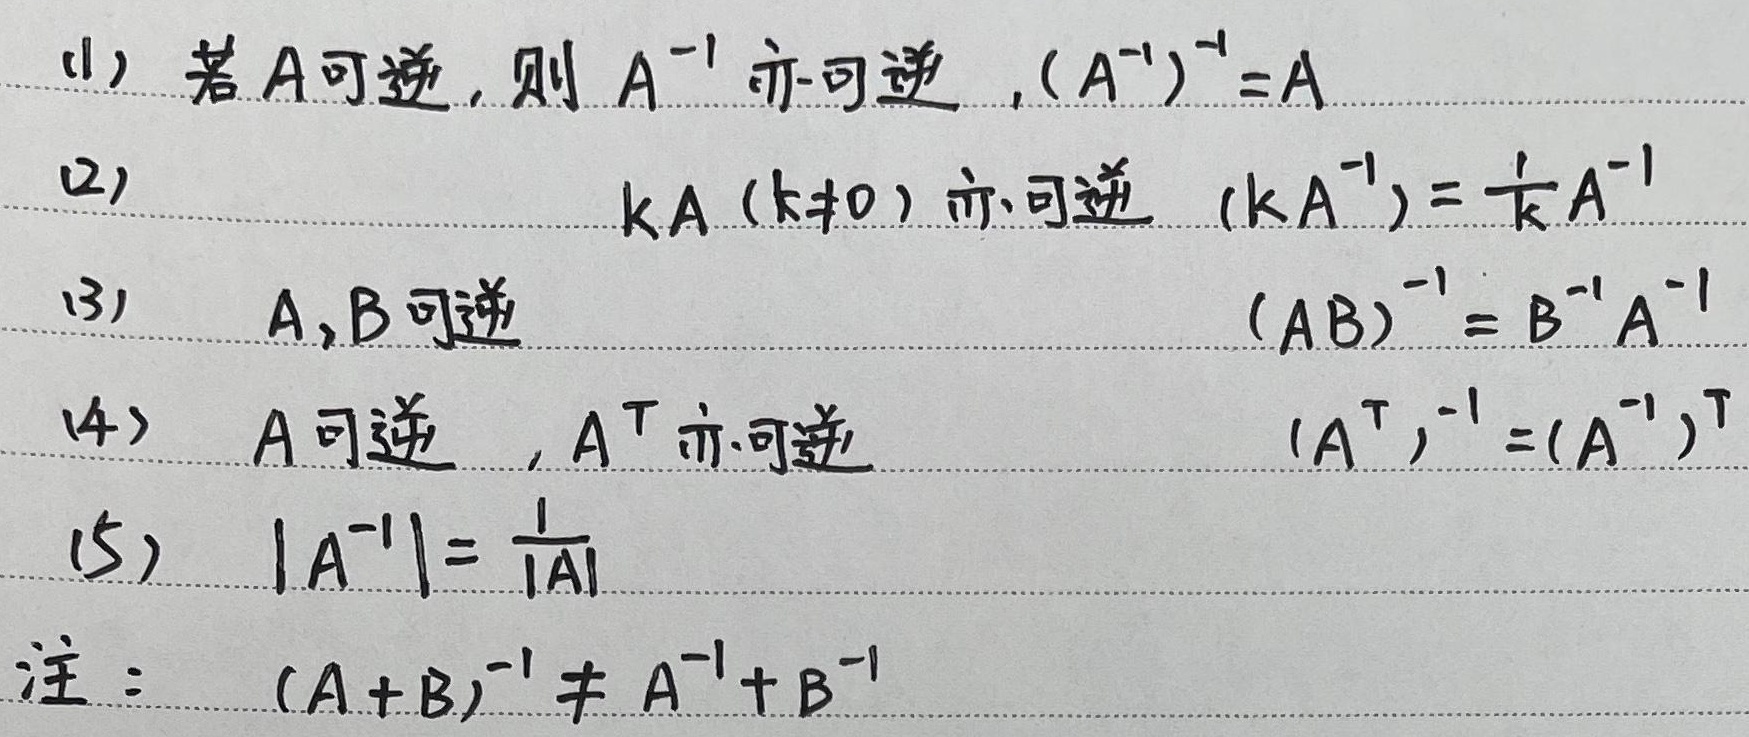
(1) 若 \(A\) 可逆，则 \(A^{-1}\) 亦可逆，\((A^{-1})^{-1}=A\)

(2) \(kA\ (k\neq0)\) 亦可逆，\((kA)^{-1}=\frac{1}{k}A^{-1}\)

(3) \(A,B\) 可逆，\((AB)^{-1}=B^{-1}A^{-1}\)

(4) \(A\) 可逆，\(A^{T}\) 亦可逆，\((A^{T})^{-1}=(A^{-1})^{T}\)

(5) \(|A^{-1}|=\frac{1}{|A|}\)

注：\((A + B)^{-1}\neq A^{-1}+B^{-1}\)